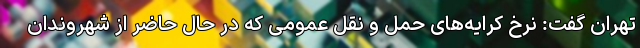
تهران گفت: نرخ کرایه‌های حمل و نقل عمومی که در حال حاضر از شهروندان